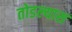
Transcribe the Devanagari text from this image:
तोडल्यास